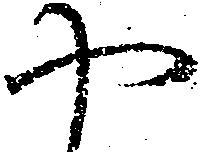
や